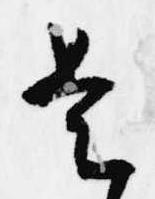
是